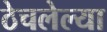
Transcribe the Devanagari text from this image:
ठेचलेल्या